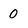
Character: 0